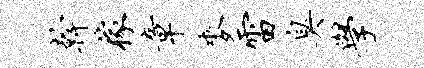
干稼章麦雷臭学